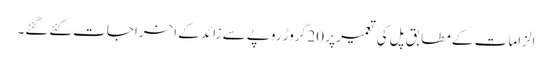
الزامات کے مطابق پل کی تعمیر پر 20 کروڑ روپے سے زائد کے اخراجات کئےگئے۔